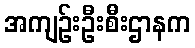
အကျဉ်းဦးစီးဌာနက